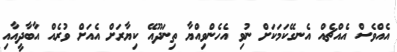
އެއްވެސް އެއްޗެއް އެނގޭކަމަކަށް ނުވި އެހެންވިއްޔާ ތިނަދޫއޭ ކިޔާރަށް އެއަށް ވުރެއް އާބާދީއާއި